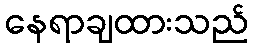
နေရာချထားသည်